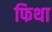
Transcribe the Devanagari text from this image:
फिथा